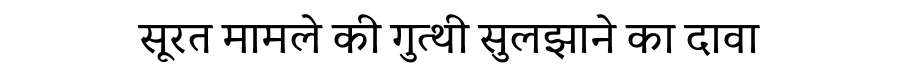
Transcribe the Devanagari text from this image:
सूरत मामले की गुत्थी सुलझाने का दावा